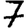
Digit: 7